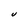
Character: U